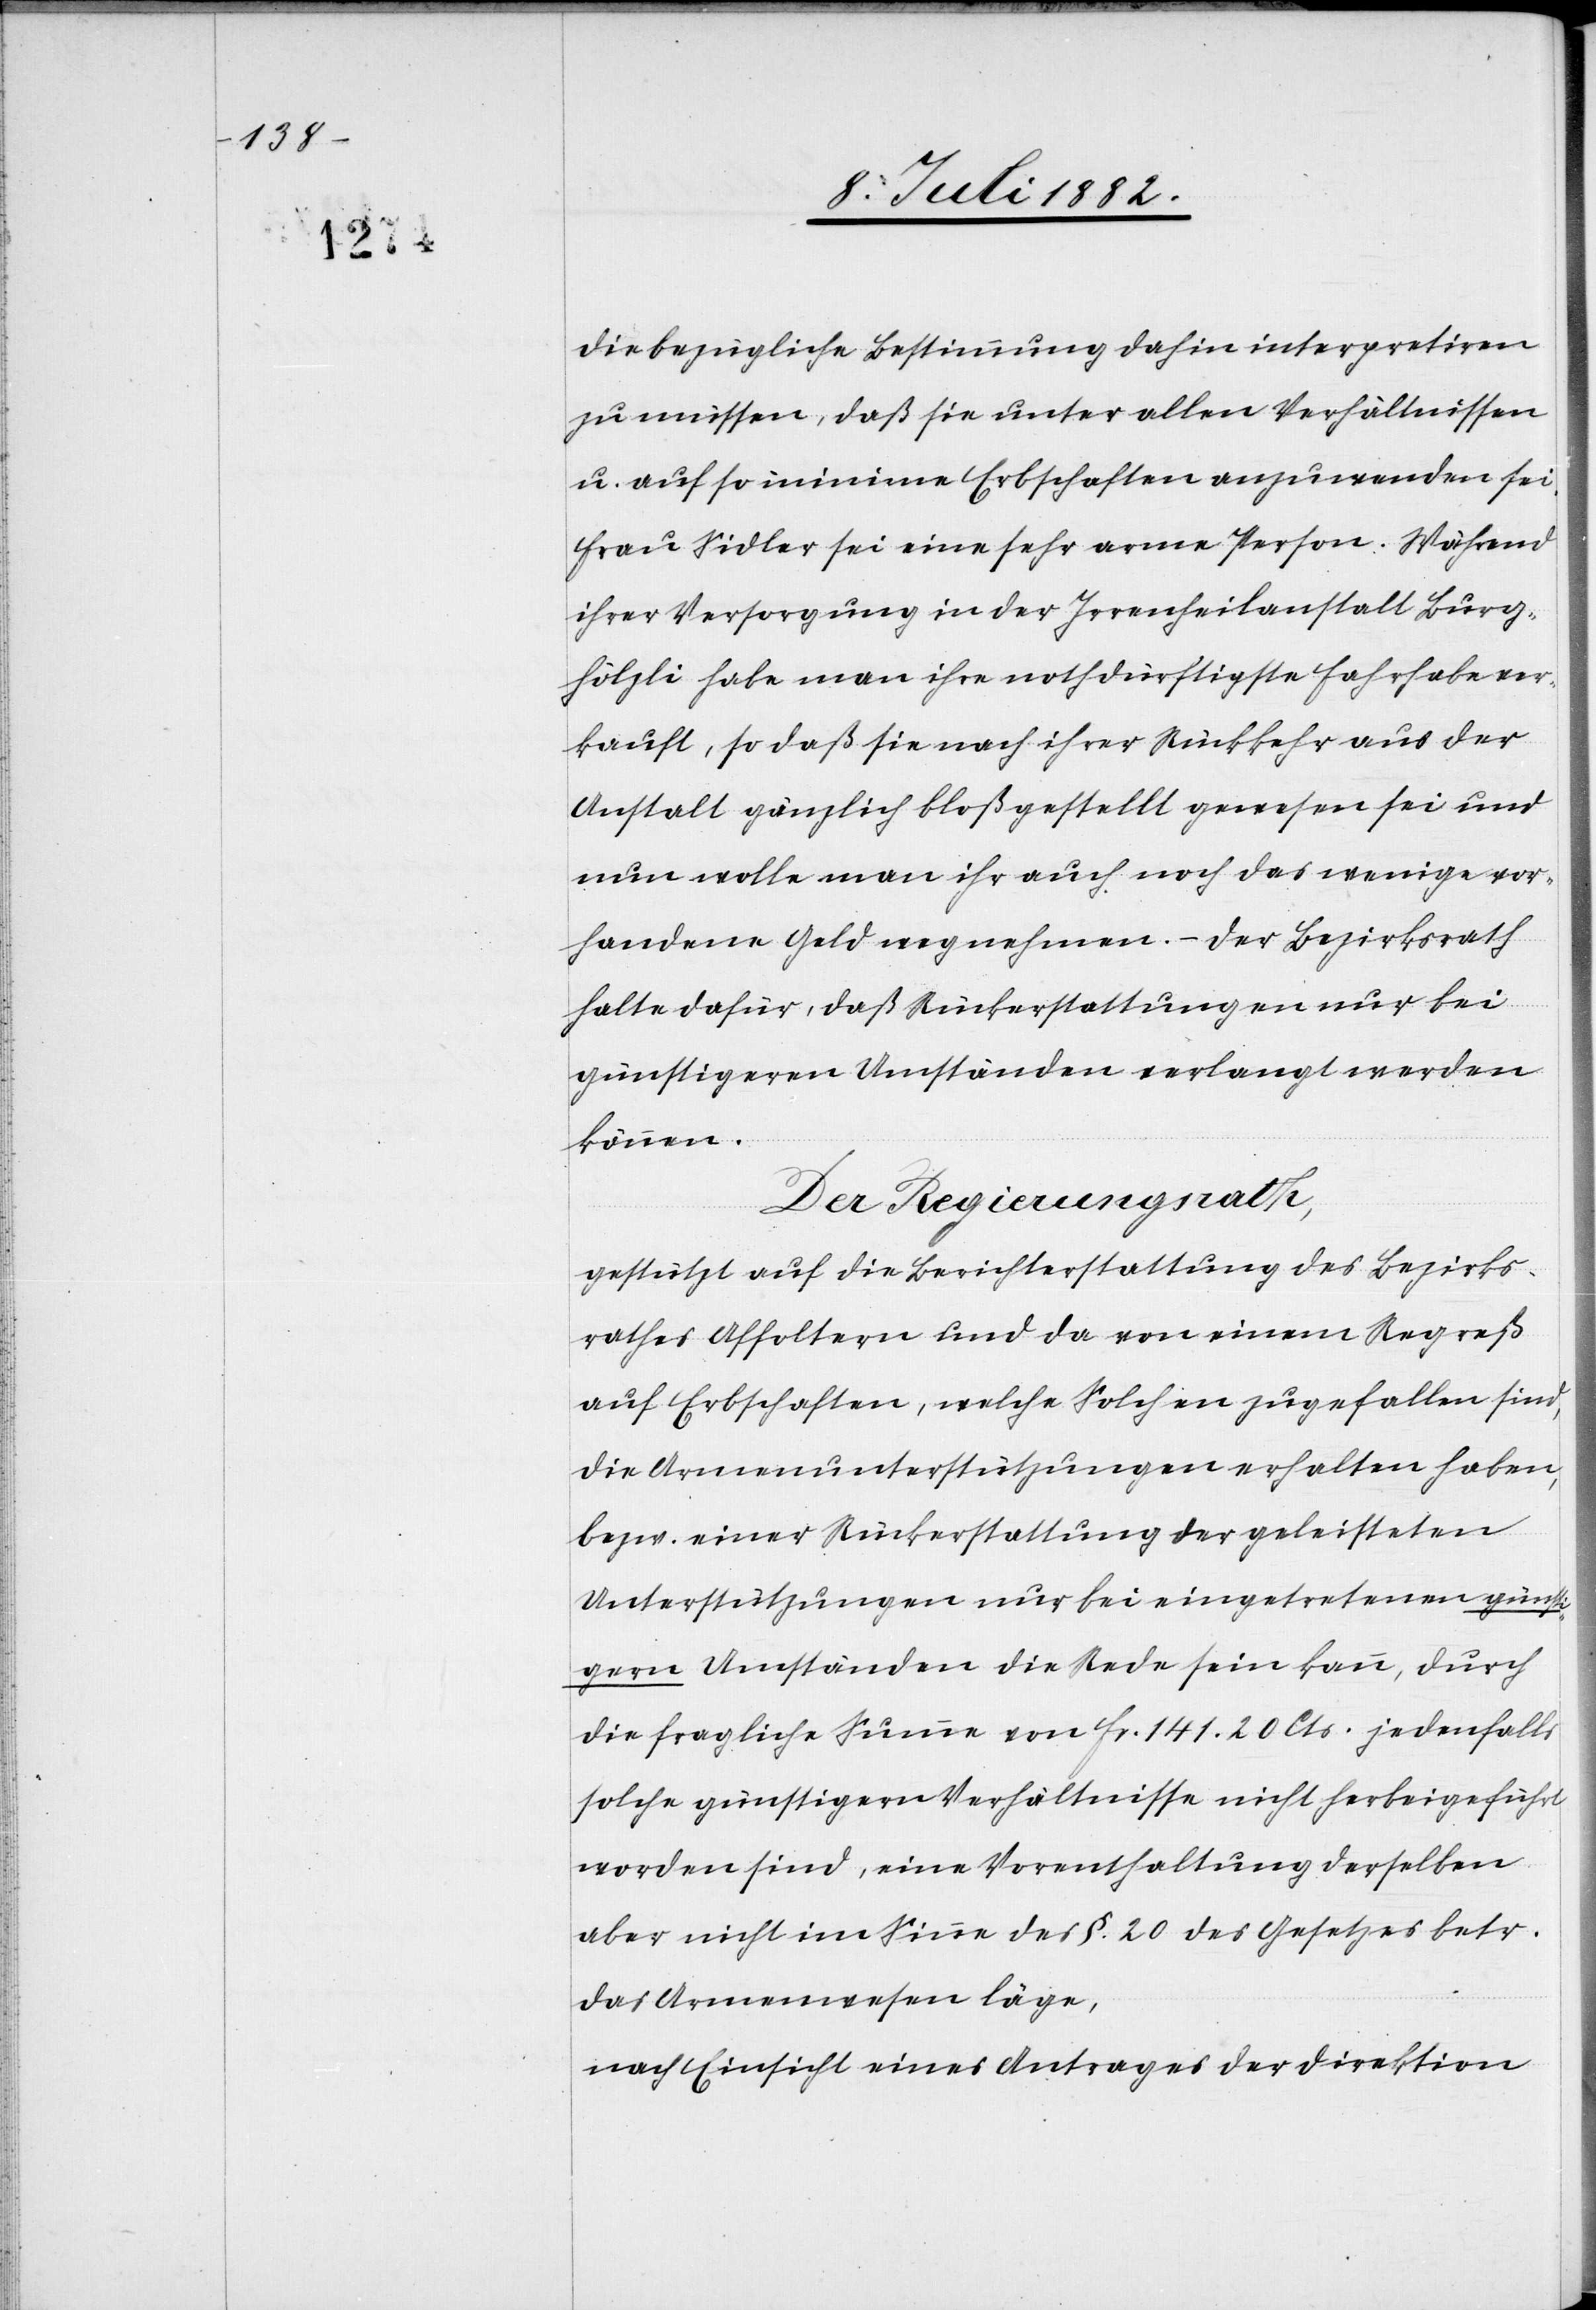
die bezügliche Bestimmung dahin interpretiren
zu müssen, daß sie unter allen Verhältnissen
u. auf so minime Erbschaften anzuwenden sei.
Frau Sidler sei eine sehr arme Person. Während
ihrer Versorgung in der Irrenheilanstalt Burg¬
hölzli habe man ihre nothdürftigste Fahrhabe ver¬
kauft, so daß sie nach ihrer Rückkehr aus der
Anstalt gänzlich bloßgestellt gewesen sei und
nun wolle man ihr auch noch das wenige vor¬
handene Geld wegnehmen. – Der Bezirksrath
halte dafür, daß Rückerstattungen nur bei
günstigeren Umständen verlangt werden
können.
Der Regierungsrath,
gestützt auf die Berichterstattung des Bezirks¬
rathes Affoltern und da von einem Regreß
auf Erbschaften, welche Solchen zugefallen sind,
die Armenunterstützung erhalten haben,
bezw. einer Rückerstattung der geleisteten
Unterstützungen nur bei eingetretenen günst¬
igern Umständen die Rede sein kann, durch
die fragliche Summe von Fr. 141. 20 Cts. jedenfalls
solche günstigern Verhältnisse nicht herbeigeführt
worden sind, eine Vorenthaltung derselben
aber nicht im Sinne des §. 20 des Gesetzes betr.
das Armenwesen läge,
nach Einsicht eines Antrages der Direktion